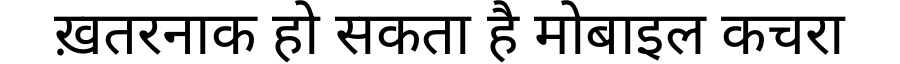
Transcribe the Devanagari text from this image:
ख़तरनाक हो सकता है मोबाइल कचरा